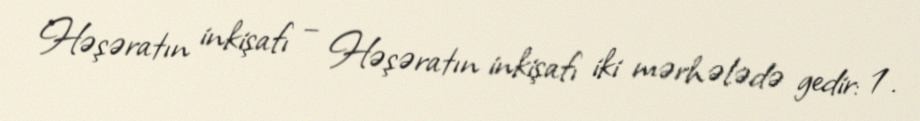
Həşəratın inkişafı – Həşəratın inkişafı iki mərhələdə gedir: 1.